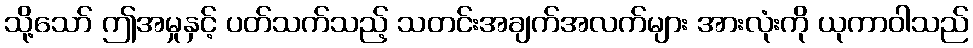
သို့သော် ဤအမှုနှင့် ပတ်သက်သည့် သတင်းအချက်အလက်များ အားလုံးကို ယုကာဝါသည်